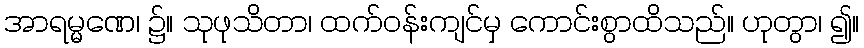
အာရမ္မဏေ၊ ၌။ သုဖုသိတာ၊ ထက်ဝန်းကျင်မှ ကောင်းစွာထိသည်။ ဟုတွာ၊ ၍။